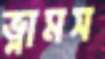
ভ্লামস